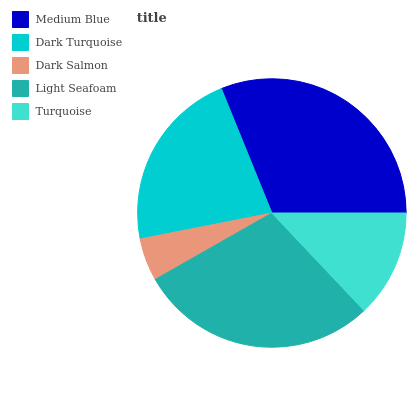
| Medium Blue | Dark Turquoise | Dark Salmon | Light Seafoam | Turquoise |
 | --- | --- | --- | --- | --- |
 | 31.2% | 22% | 5.14% | 28.8% | 12.9% |